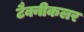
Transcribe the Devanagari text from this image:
टैक्नीकलर